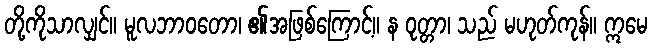
တို့ကိုသာလျှင်။ မူလဘာဝတော၊ ၏အဖြစ်ကြောင့်။ န ဝုတ္တာ၊ သည် မဟုတ်ကုန်။ ဣမေ